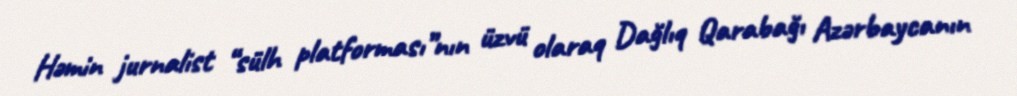
Həmin jurnalist “sülh platforması”nın üzvü olaraq Dağlıq Qarabağı Azərbaycanın